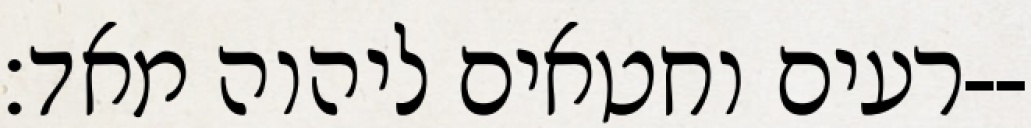
רעים וחטאים ליהוה מאד׃--